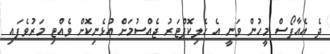
ދެ އެއާފޯސް މީހުން ވަނީ އެ ހެލިކޮޕްޓަރު ޖެއްސުމަށް އުޅެނިކޮށް ވެއްޓި މަރުވެފައި